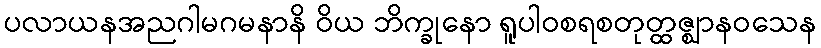
ပလာယနအညဂါမဂမနာနိ ဝိယ ဘိက္ခုနော ရူပါဝစရစတုတ္ထဇ္ဈာနဝသေန